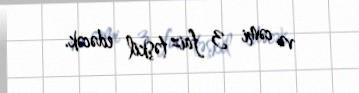
və cəmi 3 faiz təşkil edəcək.